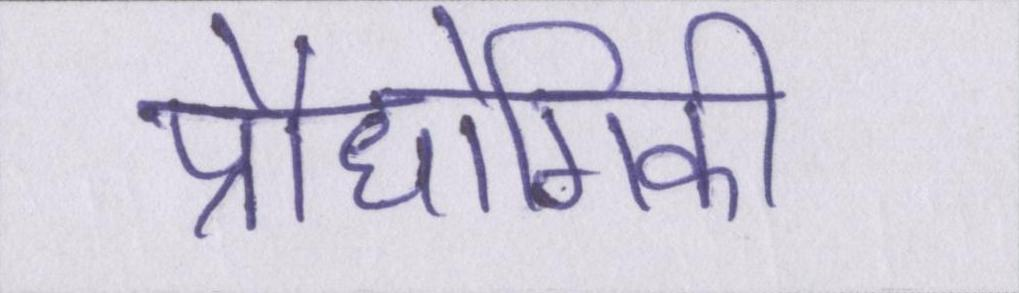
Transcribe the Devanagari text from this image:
प्रौधोगिकी